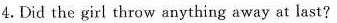
4.Did the girl throw anything away at last?